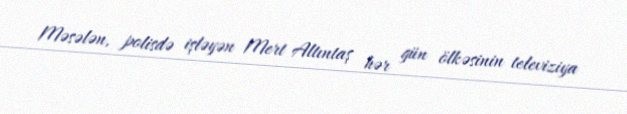
Məsələn, polisdə işləyən Mert Altıntaş hər gün ölkəsinin televiziya